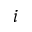
i